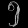
Digit: ၅